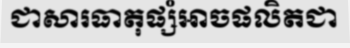
ជាសារធាតុផ្សំអាចផលិតជា